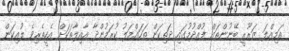
އަމިއްލަ ޒަރޫރީ ބޭނުންތައް ފުއްދުމުގައި ދަތިކަން ތަހައްމަލު ކުރަމުންދާ އާއިލާތަކަށް އެހީތެރިވެ ލުއިކަން